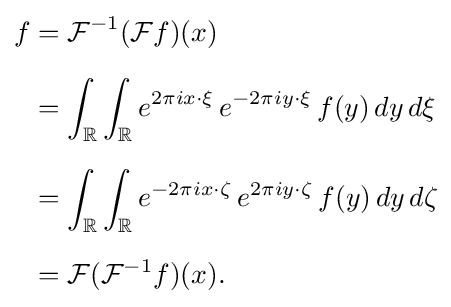
{\begin{aligned}f&={\mathcal {F}}^{-1}({\mathcal {F}}f)(x)\\[6pt]&=\int _{\mathbb {R} }\int _{\mathbb {R} }e^{2\pi ix\cdot \xi }\,e^{-2\pi iy\cdot \xi }\,f(y)\,dy\,d\xi \\[6pt]&=\int _{\mathbb {R} }\int _{\mathbb {R} }e^{-2\pi ix\cdot \zeta }\,e^{2\pi iy\cdot \zeta }\,f(y)\,dy\,d\zeta \\[6pt]&={\mathcal {F}}({\mathcal {F}}^{-1}f)(x).\end{aligned}}